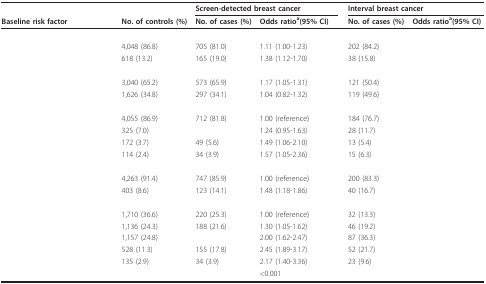
<table><thead><tr><td>[EMPTY_CELL]</td><td>[EMPTY_CELL]</td><td colspan="2"><b>Screen-detected breast cancer</b></td><td>[EMPTY_CELL]</td><td colspan="2"><b>Interval breast cancer</b></td></tr><tr><td><b>Baseline risk factor</b></td><td><b>No. of controls (%)</b></td><td><b>No. of cases (%)</b></td><td><b>Odds ratio<sup>a</sup>(95% CI)</b></td><td>[EMPTY_CELL]</td><td><b>No. of cases (%)</b></td><td><b>Odds ratio<sup>a</sup>(95% CI)</b></td></tr></thead><tbody><tr><td>[EMPTY_CELL]</td><td>[EMPTY_CELL]</td><td>[EMPTY_CELL]</td><td>[EMPTY_CELL]</td><td>[EMPTY_CELL]</td><td>[EMPTY_CELL]</td><td>[EMPTY_CELL]</td></tr><tr><td>[EMPTY_CELL]</td><td>4,048 (86.8)</td><td>705 (81.0)</td><td>1.11 (1.00-1.23)</td><td>[EMPTY_CELL]</td><td>202 (84.2)</td><td>[EMPTY_CELL]</td></tr><tr><td>[EMPTY_CELL]</td><td>618 (13.2)</td><td>165 (19.0)</td><td>1.38 (1.12-1.70)</td><td>[EMPTY_CELL]</td><td>38 (15.8)</td><td>[EMPTY_CELL]</td></tr><tr><td>[EMPTY_CELL]</td><td>[EMPTY_CELL]</td><td>[EMPTY_CELL]</td><td>[EMPTY_CELL]</td><td>[EMPTY_CELL]</td><td>[EMPTY_CELL]</td><td>[EMPTY_CELL]</td></tr><tr><td>[EMPTY_CELL]</td><td>3,040 (65.2)</td><td>573 (65.9)</td><td>1.17 (1.05-1.31)</td><td>[EMPTY_CELL]</td><td>121 (50.4)</td><td>[EMPTY_CELL]</td></tr><tr><td>[EMPTY_CELL]</td><td>1,626 (34.8)</td><td>297 (34.1)</td><td>1.04 (0.82-1.32)</td><td>[EMPTY_CELL]</td><td>119 (49.6)</td><td>[EMPTY_CELL]</td></tr><tr><td>[EMPTY_CELL]</td><td>[EMPTY_CELL]</td><td>[EMPTY_CELL]</td><td>[EMPTY_CELL]</td><td>[EMPTY_CELL]</td><td>[EMPTY_CELL]</td><td>[EMPTY_CELL]</td></tr><tr><td>[EMPTY_CELL]</td><td>4,055 (86.9)</td><td>712 (81.8)</td><td>1.00 (reference)</td><td>[EMPTY_CELL]</td><td>184 (76.7)</td><td>[EMPTY_CELL]</td></tr><tr><td>[EMPTY_CELL]</td><td>325 (7.0)</td><td>[EMPTY_CELL]</td><td>1.24 (0.95-1.63)</td><td>[EMPTY_CELL]</td><td>28 (11.7)</td><td>[EMPTY_CELL]</td></tr><tr><td>[EMPTY_CELL]</td><td>172 (3.7)</td><td>49 (5.6)</td><td>1.49 (1.06-2.10)</td><td>[EMPTY_CELL]</td><td>13 (5.4)</td><td>[EMPTY_CELL]</td></tr><tr><td>[EMPTY_CELL]</td><td>114 (2.4)</td><td>34 (3.9)</td><td>1.57 (1.05-2.36)</td><td>[EMPTY_CELL]</td><td>15 (6.3)</td><td>[EMPTY_CELL]</td></tr><tr><td>[EMPTY_CELL]</td><td>[EMPTY_CELL]</td><td>[EMPTY_CELL]</td><td>[EMPTY_CELL]</td><td>[EMPTY_CELL]</td><td>[EMPTY_CELL]</td><td>[EMPTY_CELL]</td></tr><tr><td>[EMPTY_CELL]</td><td>4,263 (91.4)</td><td>747 (85.9)</td><td>1.00 (reference)</td><td>[EMPTY_CELL]</td><td>200 (83.3)</td><td>[EMPTY_CELL]</td></tr><tr><td>[EMPTY_CELL]</td><td>403 (8.6)</td><td>123 (14.1)</td><td>1.48 (1.18-1.86)</td><td>[EMPTY_CELL]</td><td>40 (16.7)</td><td>[EMPTY_CELL]</td></tr><tr><td>[EMPTY_CELL]</td><td>[EMPTY_CELL]</td><td>[EMPTY_CELL]</td><td>[EMPTY_CELL]</td><td>[EMPTY_CELL]</td><td>[EMPTY_CELL]</td><td>[EMPTY_CELL]</td></tr><tr><td>[EMPTY_CELL]</td><td>1,710 (36.6)</td><td>220 (25.3)</td><td>1.00 (reference)</td><td>[EMPTY_CELL]</td><td>32 (13.3)</td><td>[EMPTY_CELL]</td></tr><tr><td>[EMPTY_CELL]</td><td>1,136 (24.3)</td><td>188 (21.6)</td><td>1.30 (1.05-1.62)</td><td>[EMPTY_CELL]</td><td>46 (19.2)</td><td>[EMPTY_CELL]</td></tr><tr><td>[EMPTY_CELL]</td><td>1,157 (24.8)</td><td>[EMPTY_CELL]</td><td>2.00 (1.62-2.47)</td><td>[EMPTY_CELL]</td><td>87 (36.3)</td><td>[EMPTY_CELL]</td></tr><tr><td>[EMPTY_CELL]</td><td>528 (11.3)</td><td>155 (17.8)</td><td>2.45 (1.89-3.17)</td><td>[EMPTY_CELL]</td><td>52 (21.7)</td><td>[EMPTY_CELL]</td></tr><tr><td>[EMPTY_CELL]</td><td>135 (2.9)</td><td>34 (3.9)</td><td>2.17 (1.40-3.36)</td><td>[EMPTY_CELL]</td><td>23 (9.6)</td><td>[EMPTY_CELL]</td></tr><tr><td>[EMPTY_CELL]</td><td>[EMPTY_CELL]</td><td>[EMPTY_CELL]</td><td>&lt;0.001</td><td>[EMPTY_CELL]</td><td>[EMPTY_CELL]</td><td>[EMPTY_CELL]</td></tr></tbody></table>